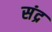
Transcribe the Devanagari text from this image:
संद्र